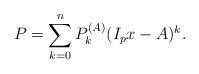
LaTeX: \begin{align*}P&=\sum_{k=0}^nP_{k}^{(A)} (I_px-A)^k.\end{align*}